Civil Veterinary Department. Central Provinces & Berar 1925-31 - 1925-1931
Year: 1925
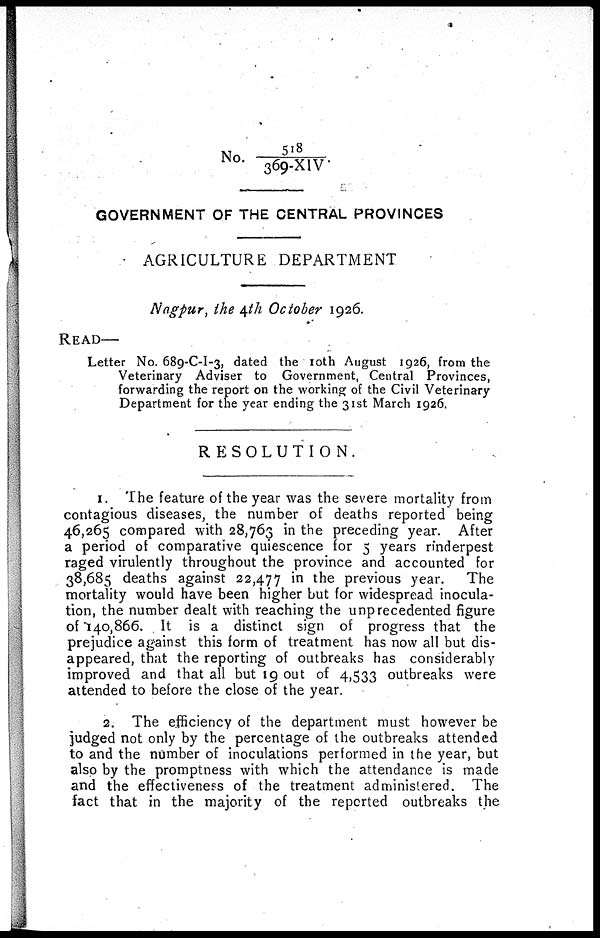
No. 518/369-XIV
GOVERNMENT OF THE CENTRAL PROVINCES
AGRICULTURE DEPARTMENT
Nagpur, the 4th October 1926.
READ—
Letter No. 689-C-I-3, dated the 10th August 1926, from the
Veterinary Adviser to Government, Central Provinces,
forwarding the report on the working of the Civil Veterinary
Department for the year ending the 31st March 1926.
RESOLUTION.
1. The feature of the year was the severe mortality from
contagious diseases, the number of deaths reported being
46,265 compared with 28,763 in the preceding year. After
a period of comparative quiescence for 5 years rinderpest
raged virulently throughout the province and accounted for
38,685 deaths against 22,477 in the previous year. The
mortality would have been higher but for widespread inocula-
tion, the number dealt with reaching the unprecedented figure
of 140,866. It is a distinct sign of progress that the
prejudice against this form of treatment has now all but dis-
appeared, that the reporting of outbreaks has considerably
improved and that all but 19 out of 4,533 outbreaks were
attended to before the close of the year.
2. The efficiency of the department must however be
judged not only by the percentage of the outbreaks attended
to and the number of inoculations performed in the year, but
also by the promptness with which the attendance is made
and the effectiveness of the treatment administered. The
fact that in the majority of the reported outbreaks the